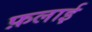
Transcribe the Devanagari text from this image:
फ़लाई